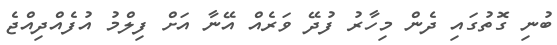
ބުނި ގޮތުގައި ދެން މިހާރު ފުދޭ ވަރެއް އޭނާ އަށް ފިލްމު އުފެއްދިއްޖެ